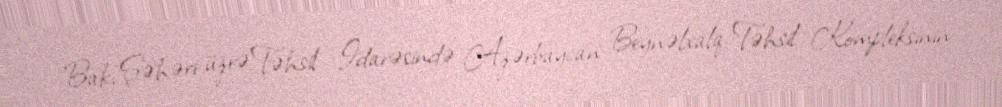
Bakı Şəhəri üzrə Təhsil İdarəsində Azərbaycan Beynəlxalq Təhsil Kompleksinin